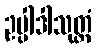
ဥပ္ပါဒါသုတ္တံ